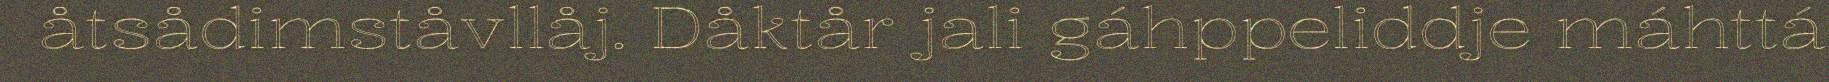
åtsådimståvllåj. Dåktår jali gáhppeliddje máhttá